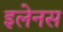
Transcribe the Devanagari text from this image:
इलेनस